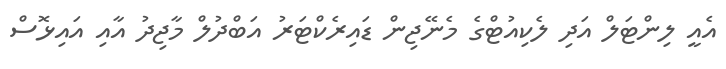
އެއީ ލިންޓަލް އަދި ލެކިއުޓްގެ މެނޭޖިން ޑައިރެކްޓަރު އަބްދުލް މާޖިދު އާއި އައިޅޮސް